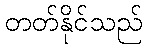
တတ်နိုင်သည်